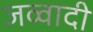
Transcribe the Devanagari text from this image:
जव्वादी